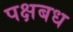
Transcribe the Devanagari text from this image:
पक्षबध